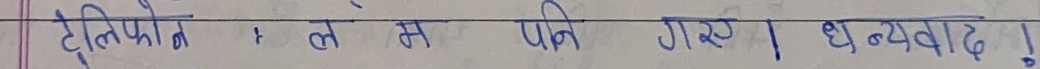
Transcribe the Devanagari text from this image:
ट्रिपोलिन में पनि गए। ध धन्यवाद !